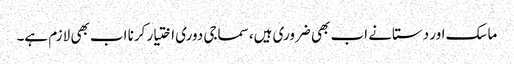
ماسک اور دستانے اب بھی ضروری ہیں، سماجی دوری اختیار کرنا اب بھی لازم ہے۔